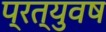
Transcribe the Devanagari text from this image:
प्रत्युवष